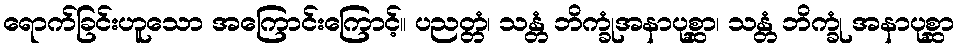
ရောက်ခြင်းဟူသော အကြောင်းကြောင့်။ ပညတ္တံ၊ သန္တံ ဘိက္ခုံအနာပုစ္ဆာ၊ သန္တံ ဘိက္ခုံ အနာပုစ္ဆာ